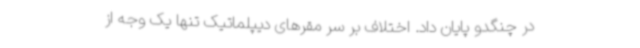
در چنگدو پایان داد. اختلاف‌ بر سر مقرهای دیپلماتیک تنها یک وجه از